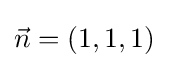
{\vec {n}}=\left(1,1,1\right)